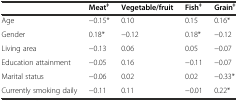
<table><thead><tr><td></td><td><b>Meat<sup>ǂ</sup></b></td><td><b>Vegetable/fruit</b></td><td><b>Fish<sup>ǂ</sup></b></td><td><b>Grain<sup>ǂ</sup></b></td></tr></thead><tbody><tr><td>Age</td><td>−0.15*</td><td>0.10</td><td>0.15</td><td>0.16*</td></tr><tr><td>Gender</td><td>0.18*</td><td>−0.12</td><td>0.18*</td><td>−0.12</td></tr><tr><td>Living area</td><td>−0.13</td><td>0.06</td><td>0.05</td><td>−0.07</td></tr><tr><td>Education attainment</td><td>−0.05</td><td>0.16</td><td>−0.11</td><td>−0.07</td></tr><tr><td>Marital status</td><td>−0.06</td><td>0.02</td><td>0.02</td><td>−0.33*</td></tr><tr><td>Currently smoking daily</td><td>−0.11</td><td>0.11</td><td>−0.01</td><td>0.22*</td></tr></tbody></table>